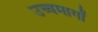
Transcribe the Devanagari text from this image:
उच्चमार्गों